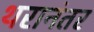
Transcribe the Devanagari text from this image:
थरानंतर